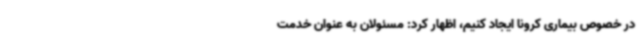
در خصوص بیماری کرونا ایجاد کنیم، اظهار کرد: مسئولان به عنوان خدمت